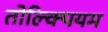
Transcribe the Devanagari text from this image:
तोल्क्पियम